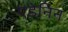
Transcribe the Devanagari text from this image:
एडेनिन